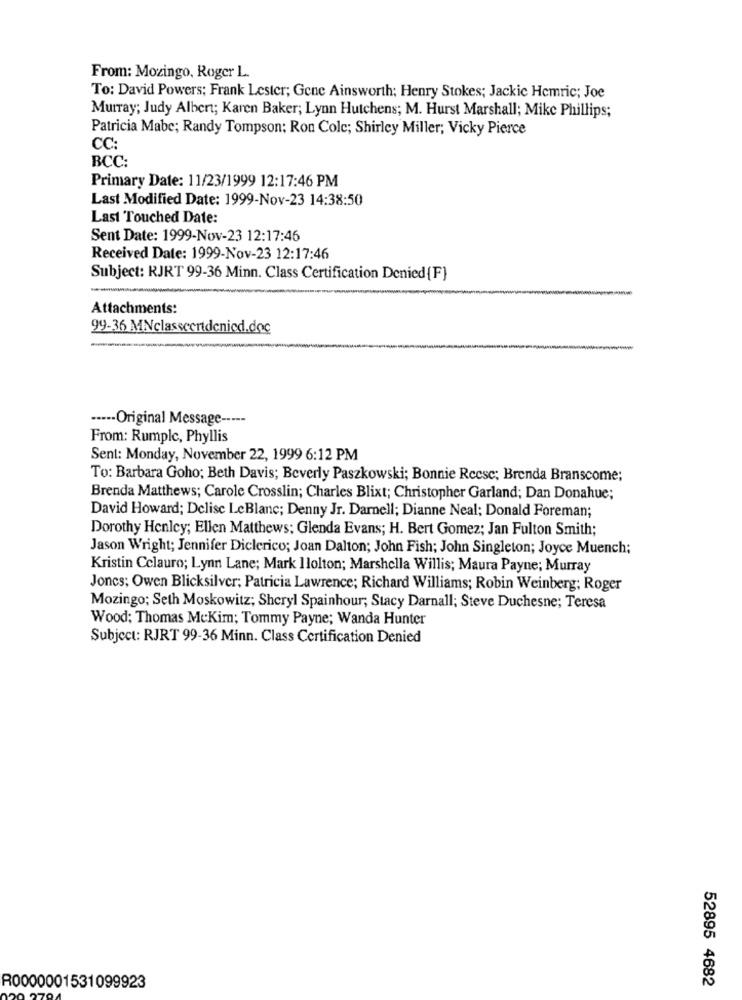
From: Mozingo, Roger L.
To: David Powers; Frank Lester; Gene Ainsworth; Henry Stokes; Jackie Hemric; Joe
Murray; Judy Albert; Karen Baker; Lynn Hutchens; M. Hurst Marshall; Mike Phillips;
Patricia Mabe; Randy Tompson: Ron Cole; Shirley Miller; Vicky Pierce
CC:
BCC:
Primary Date: 11/23/1999 12:17:46 PM
Last Modified Date: 1999-Nov-23 14:38:50
Last Touched Date:
Sent Date: 1999-Nov-23 12:17:46
Received Date: 1999-Nov-23 12:17:46
Subject: RJRT 99-36 Minn. Class Certification Denied{F}
Attachments:
99-36 MNclasscertdenied.doc
····- Original Message -----
From: Rumplc, Phyllis
Sent: Monday, November 22, 1999 6:12 PM
To: Barbara Goho; Beth Davis; Beverly Paszkowski; Bonnie Rccsc; Brenda Branscome;
Brenda Matthews; Carole Crosslin; Charles Blixt; Christopher Garland; Dan Donahue;
David Howard; Delise LeBlane; Denny Jr. Darnell; Dianne Neal; Donald Foreman;
Dorothy Henley; Ellen Matthews; Glenda Evans; H. Bert Gomez; Jan Fulton Smith;
Jason Wright; Jennifer Diclerico; Joan Dalton; John Fish; John Singleton; Joyce Muench;
Kristin Cclauro; Lynn Lane; Mark Ilolton; Marshella Willis; Maura Payne; Murray
Joncs; Owen Blicksilver; Patricia Lawrence; Richard Williams; Robin Weinberg; Roger
Mozingo; Seth Moskowitz; Sheryl Spainhour; Stacy Darnall; Steve Duchesne; Teresa
Wood; Thomas MeKim; Tommy Payne; Wanda Hunter
Subject: RJRT 99-36 Minn. Class Certification Denied
52895 4682
R0000001531099923